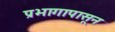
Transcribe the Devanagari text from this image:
प्रभागापासून